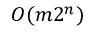
O ( m 2 ^ { n } )